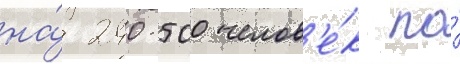
на́ 240-500 челов'е́к по́